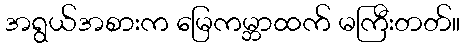
အရွယ်အစားက မြေကမ္ဘာထက် မကြီးတတ်။